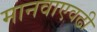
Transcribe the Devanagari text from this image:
मानवाएवढी